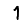
Digit: 1